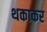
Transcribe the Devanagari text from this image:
थकाकर